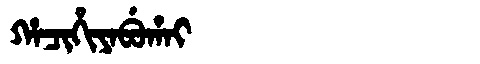
Manchu: ᡥᠠᠴᡳᡥᡳᠶᠠᠪᡠᡥᠠᡳ
Romanization: HACIHIYABUHAI